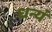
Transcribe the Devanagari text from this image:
धन्यं